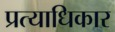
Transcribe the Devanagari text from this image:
प्रत्याधिकार